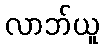
လာဘ်ယူ